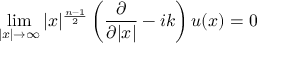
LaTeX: \operatorname* { l i m } _ { | x | \to \infty } | x | ^ { \frac { n - 1 } { 2 } } \left( { \frac { \partial } { \partial | x | } } - i k \right) u ( x ) = 0